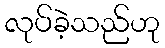
လုပ်ခဲ့သည်ဟု